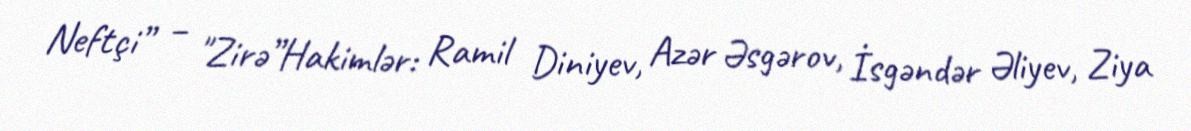
Neftçi” – "Zirə”Hakimlər: Ramil Diniyev, Azər Əsgərov, İsgəndər Əliyev, Ziya